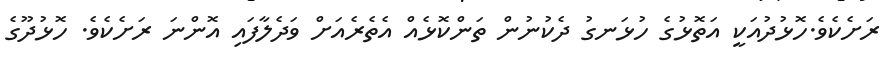
ރަށެކެވެ.ހޮޅުދުއަކީ އަތޮޅުގެ ހުޅަނގު ދެކުނުން ތަންކޮޅެއް އެތެރެއަށް ވަދެލާފައި އޮންނަ ރަށެކެވެ. ހޮޅުދޫގެ